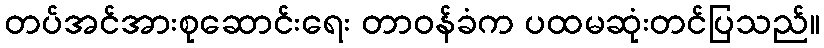
တပ်အင်အားစုဆောင်းရေး တာဝန်ခံက ပထမဆုံးတင်ပြသည်။